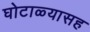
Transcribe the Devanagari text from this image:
घोटाळ्यासह